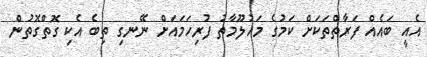
އެއީ ބައެއް ފަރާތްތަކަށް ކަމުގެ މައުލޫމާތު ފުރިހަމައަށް ނޭނގި ތިބެ އެކި ގޮތްގޮތުން